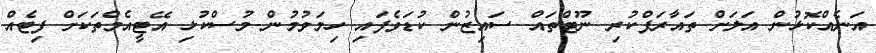
އަނެއްކޮޅުން އަލަށް ތައާރަފްކުރި ނޫޓްތައް ސައިޒުން ކުޑަވެފައި ހިމަވުމުން މުސްކުޅި އޭޓީއެމްތަކަށް ފިޓެއް